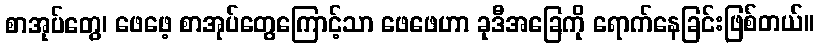
စာအုပ်တွေ၊ ဖေဖေ့ စာအုပ်တွေကြောင့်သာ ဖေဖေဟာ ခုဒီအခြေကို ရောက်နေခြင်းဖြစ်တယ်။